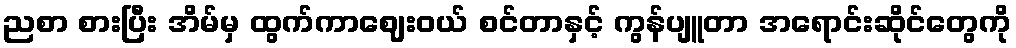
ညစာ စားပြီး အိမ်မှ ထွက်ကာဈေးဝယ် စင်တာနှင့် ကွန်ပျူတာ အရောင်းဆိုင်တွေကို